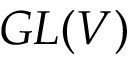
G L ( V )